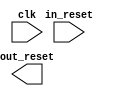
// This program was cloned from: https://github.com/stanford-ppl/spatial-lang
// License: MIT License

module pr_region_alternate_reset_in (
		input  wire  clk,       //       clk.clk
		input  wire  in_reset,  //  in_reset.reset
		output wire  out_reset  // out_reset.reset
	);
endmodule